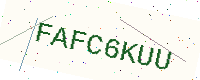
Text: FAFC6KUU